Mental hospitals Bombay report 1929-33 - 1929-1933
Year: 1929
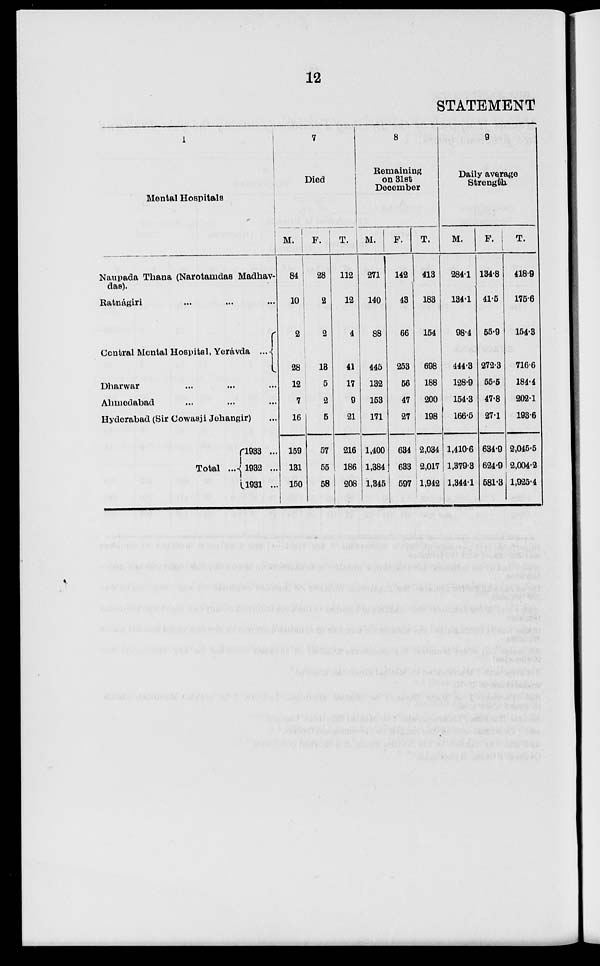
12
STATEMENT
1
Mental Hospitals
Naupada Thana (Narotamdas Madhav-
das).
Ratnagiri ... ... ...
Central Mental Hospital, Yeravda ...
Dharwar ... ... ...
Ahmedabad ... ... ...
Hyderabad (Sir Cowasji Jehangir) ...
Total ...
1933 ...
1932 ...
1931 ...
7
Died
M.
84
10
2
28
12
7
16
159
131
150
F.
28
2
2
13
5
2
5
57
55
58
T.
112
12
4
41
17
9
21
216
186
208
8
Remaining
on 31st
December
M.
271
140
88
445
132
153
171
1,400
1,384
1,345
F.
142
43
66
253
56
47
27
634
633
597
T.
413
183
154
698
188
200
198
2,034
2,017
1,942
9
Daily average
Strength
M.
284.1
134.1
98.4
444.3
128.9
154.3
166.5
1,410.6
1,379.3
1,344.1
F.
134.8
41.5
55.9
272.3
55.5
47.8
27.1
634.9
624.9
581.3
T.
418.9
175.6
154.3
716.6
184.4
2021
193.6
2,045.5
2,004.2
1,925.4